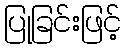
ပြုခြင်းဖြင့်